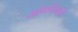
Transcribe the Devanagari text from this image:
योगदिनाची